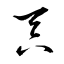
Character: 呑